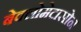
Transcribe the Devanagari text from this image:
बेक्लोमेटासोन